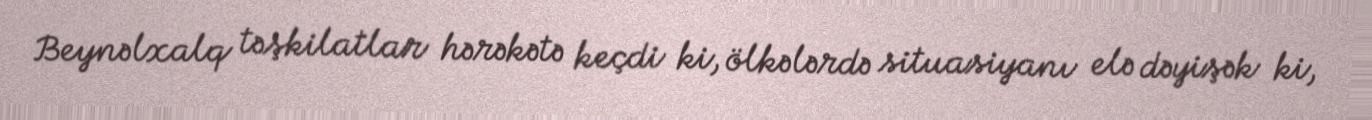
Beynəlxalq təşkilatlar hərəkətə keçdi ki, ölkələrdə situasiyanı elə dəyişək ki,